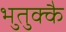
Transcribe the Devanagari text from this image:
भुतुक्कै